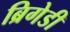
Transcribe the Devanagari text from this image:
ब्रिगेडी